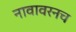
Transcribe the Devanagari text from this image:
नावावरनच